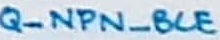
Text: Q_NPN_BCE